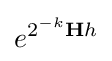
e^{2^{-k}\mathbf {H} h}